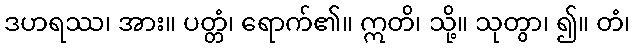
ဒဟရဿ၊ အား။ ပတ္တံ၊ ရောက်၏။ ဣတိ၊ သို့။ သုတွာ၊ ၍။ တံ၊